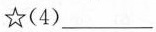
☆(4)___